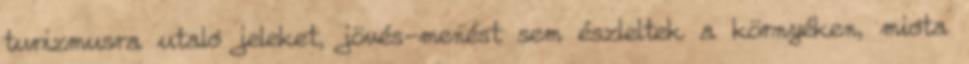
turizmusra utaló jeleket, jövés-menést sem észleltek a környéken, mióta